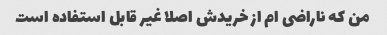
من که ناراضی ام از خریدش اصلا غیر قابل استفاده است